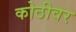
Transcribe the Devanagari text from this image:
कोठीवर